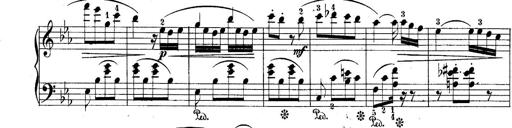
Title: 10 Sonatines progressives
Composer: Anton Schmoll